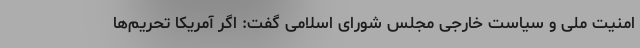
امنیت ملی و سیاست خارجی مجلس شورای اسلامی گفت: اگر آمریکا تحریم‌ها